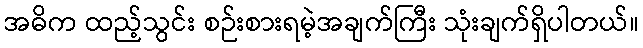
အဓိက ထည့်သွင်း စဉ်းစားရမဲ့အချက်ကြီး သုံးချက်ရှိပါတယ်။